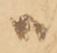
ハ